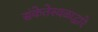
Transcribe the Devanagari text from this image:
संकेतेस्थळाद्वारे